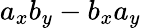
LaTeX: a_{x}b_{y}-b_{x}a_{y}